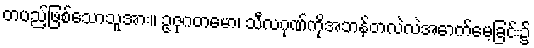
တပည့်ဖြစ်သောသူအား။ ဥဇုဂတမော၊ သီလဂုဏ်ကိုအဘန်တလဲလဲအောက်မေ့ခြင်း၌